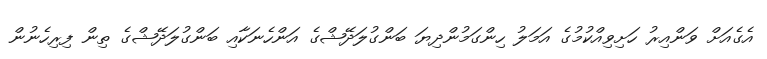
އެގެއަށް ވަންއިރު ހަށިވިއްކުމުގެ އަމަލު ހިންގަމުންދިޔަ ބަންގުލަދޭޝްގެ އަންހެނަކާއި ބަންގުލަދޭޝްގެ ތިން ފިރިހެނުން